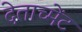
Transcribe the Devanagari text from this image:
देताच्मेंट